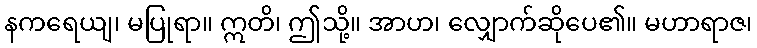
နကရေယျ၊ မပြုရာ။ ဣတိ၊ ဤသို့။ အာဟ၊ လျှောက်ဆိုပေ၏။ မဟာရာဇ၊